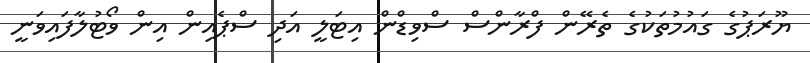
ޔޫރަޕުގެ ގައުމުތަކުގެ ތެރޭން ފްރާންސް ސްވިޑްން އިޓަލީ އަދި ސްޕެއިން އިން ވޯޓުލާފައިވަނީ